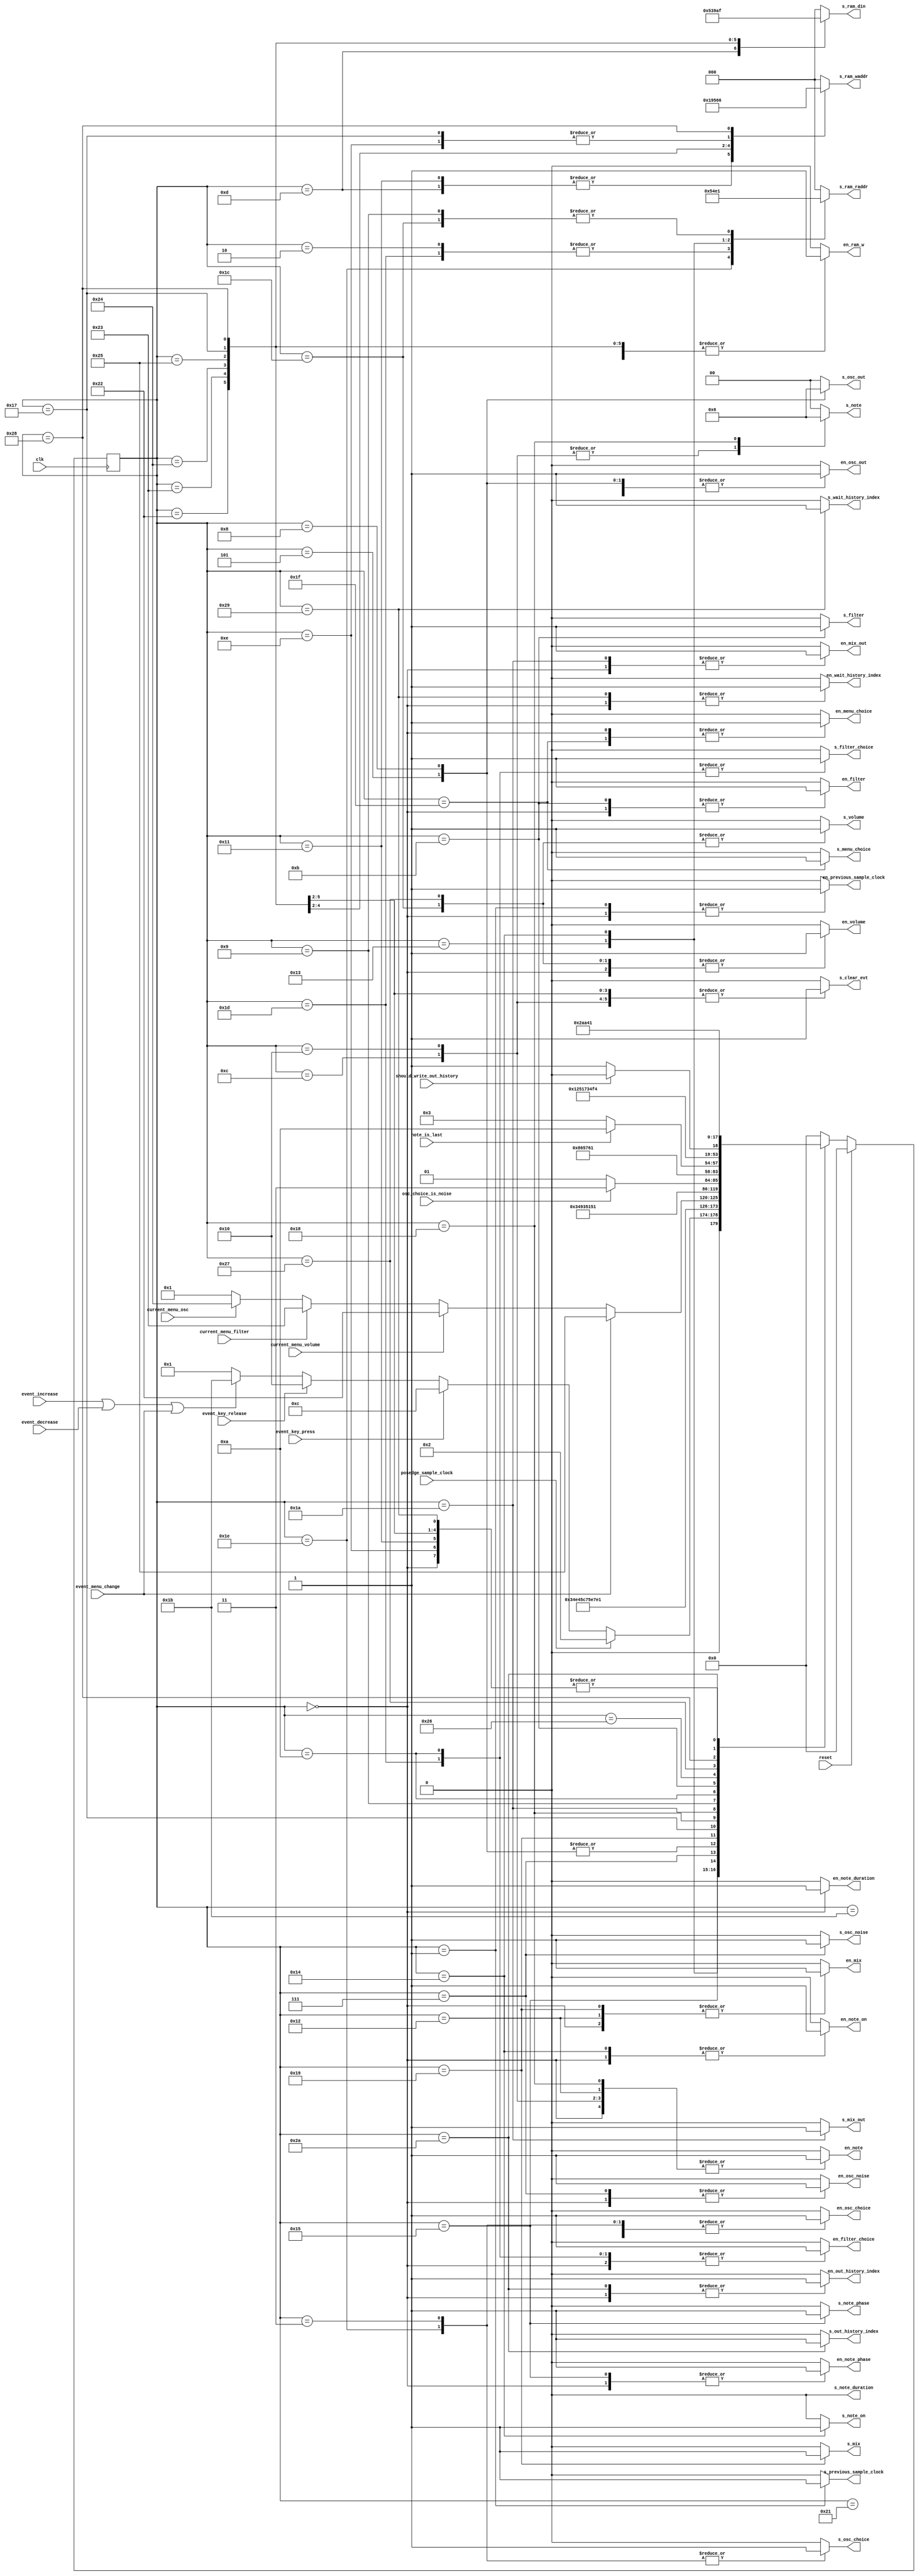
module controller (input clk,
                   input reset,
                   input posedge_sample_clock,
                   input note_is_last,
                   input osc_choice_is_noise,
                   input event_key_press,
                   input event_key_release,
                   input event_increase,
                   input event_decrease,
                   input event_menu_change,
                   input current_menu_volume,
                   input current_menu_filter,
                   input current_menu_osc,
                   input should_write_out_history,
                   output reg en_previous_sample_clock,
                   output reg en_note,
                   output reg en_note_on,
                   output reg en_note_phase,
                   output reg en_note_duration,
                   output reg en_osc_choice,
                   output reg en_osc_noise,
                   output reg en_osc_out,
                   output reg en_filter_choice,
                   output reg en_filter,
                   output reg en_volume,
                   output reg en_mix,
                   output reg en_mix_out,
                   output reg en_menu_choice,
                   output reg en_out_history_index,
                   output reg en_wait_history_index,
                   output reg s_menu_choice,
                   output reg s_previous_sample_clock,
                   output reg [1:0] s_note,
                   output reg s_note_on,
                   output reg s_note_phase,
                   output reg s_note_duration,
                   output reg s_osc_choice,
                   output reg s_osc_noise,
                   output reg [1:0] s_osc_out,
                   output reg [2:0] s_ram_raddr,
                   output reg [2:0] s_ram_waddr,
                   output reg [2:0] s_ram_din,
                   output reg s_filter_choice,
                   output reg s_filter,
                   output reg s_clear_evt,
                   output reg s_volume,
                   output reg s_mix,
                   output reg s_mix_out,
                   output reg s_out_history_index,
                   output reg s_wait_history_index,
                   output reg en_ram_w);
    
    parameter INIT                              = 6'd0;
    parameter WAIT                              = 6'd1;
    parameter OSC_READ_CHOICE_0                 = 6'd2;
    parameter OSC_READ_CHOICE_1                 = 6'd3;
    parameter OSC_ADVANCE_PHASE                 = 6'd4;
    parameter OSC_LOOKUP                        = 6'd5;
    parameter OSC_NOISE_OUT_0                   = 6'd7;
    parameter OSC_NOISE_OUT_1                   = 6'd8;
    parameter FILTER_READ_CHOICE_0              = 6'd9;
    parameter FILTER_READ_CHOICE_1              = 6'd10;
    parameter FILTER                            = 6'd11;
    parameter EVT_KEY_PRESS_0                   = 6'd12;
    parameter EVT_KEY_PRESS_1                   = 6'd13;
    parameter EVT_KEY_PRESS_2                   = 6'd14;
    parameter EVT_KEY_PRESS_3                   = 6'd15;
    parameter EVT_KEY_RELEASE_0                 = 6'd16;
    parameter EVT_KEY_RELEASE_1                 = 6'd17;
    parameter NOTE_READ_START                   = 6'd18;
    parameter NOTE_READ_0                       = 6'd19;
    parameter NOTE_READ_1                       = 6'd20;
    parameter NOTE_READ_2                       = 6'd21;
    parameter NOTE_READ_3                       = 6'd22;
    parameter NOTE_WRITE_0                      = 6'd23;
    parameter NOTE_WRITE_1                      = 6'd24;
    parameter MIX                               = 6'd25;
    parameter MIX_OUT                           = 6'd26;
    parameter MENU_READ_VOLUME                  = 6'd27;
    parameter MENU_READ_FILTER_CHOICE           = 6'd28;
    parameter MENU_READ_OSC_CHOICE              = 6'd29;
    parameter MENU_READ_CURRENT_MENU            = 6'd30;
    parameter MENU_FINAL_READ                   = 6'd31;
    parameter MENU_UPDATE_CURRENT_MENU          = 6'd32;
    parameter MENU_DETERMINE_CHANGING_PARAMETER = 6'd33;
    parameter MENU_CHANGE_VOLUME                = 6'd34;
    parameter MENU_CHANGE_FILTER_CHOICE         = 6'd35;
    parameter MENU_CHANGE_OSC_CHOICE            = 6'd36;
    parameter MENU_CHANGE_CURRENT_MENU          = 6'd37;
    parameter READ_VOLUME_0                     = 6'd38;
    parameter READ_VOLUME_1                     = 6'd39;
    parameter WRITE_OUT_HISTORY                 = 6'd40;
    parameter WRITE_OUT_INCREMENT_WAIT          = 6'd41;
    parameter WRITE_OUT_INCREMENT_INDEX         = 6'd42;
    
    reg [5:0] state, next_state;
    
    always @(posedge clk)
        if (reset)
            state <= INIT;
        else
            state <= next_state;
    
    always @(*) begin
        en_previous_sample_clock = 0;
        en_note                  = 0;
        en_note_on               = 0;
        en_note_phase            = 0;
        en_note_duration         = 0;
        en_osc_choice            = 0;
        en_osc_noise             = 0;
        en_osc_out               = 0;
        en_menu_choice           = 0;
        en_filter_choice         = 0;
        en_filter                = 0;
        en_volume                = 0;
        en_mix                   = 0;
        en_mix_out               = 0;
        en_out_history_index     = 0;
        en_wait_history_index    = 0;
        
        s_previous_sample_clock = 0;
        s_note                  = 0;
        s_note_on               = 0;
        s_note_phase            = 0;
        s_note_duration         = 0;
        s_osc_choice            = 0;
        s_osc_noise             = 0;
        s_osc_out               = 0;
        s_menu_choice           = 0;
        s_ram_raddr             = 0;
        s_ram_waddr             = 0;
        s_ram_din               = 0;
        s_filter_choice         = 0;
        s_filter                = 0;
        s_clear_evt             = 0;
        s_volume                = 0;
        s_mix                   = 0;
        s_mix_out               = 0;
        s_out_history_index     = 0;
        s_wait_history_index    = 0;
        
        en_ram_w = 0;
        
        case (state)
            INIT: begin
                en_previous_sample_clock = 1;
                en_note                  = 1;
                en_note_on               = 1;
                en_note_phase            = 1;
                en_note_duration         = 1;
                en_osc_choice            = 1;
                en_osc_noise             = 1;
                en_osc_out               = 1;
                en_menu_choice           = 1;
                en_filter_choice         = 1;
                en_filter                = 1;
                en_volume                = 1;
                en_mix                   = 1;
                en_mix_out               = 1;
                en_out_history_index     = 1;
                en_wait_history_index    = 1;
                
                next_state = WAIT;
            end
            WAIT: begin
                en_previous_sample_clock = 1;
                s_previous_sample_clock  = 1;
                
                if (posedge_sample_clock)
                    next_state = OSC_READ_CHOICE_0;
                else if (event_key_press)
                    next_state = EVT_KEY_PRESS_0;
                else if (event_key_release)
                    next_state = EVT_KEY_RELEASE_0;
                else if (event_increase | event_decrease | event_menu_change)
                    next_state = MENU_READ_VOLUME;
                else
                    next_state = WAIT;
            end
            EVT_KEY_PRESS_0: begin
                s_clear_evt = 1; // clear on next clock
                
                en_note = 1; // load note on next clock
                s_note  = 1; // load note from evt
                
                next_state = EVT_KEY_PRESS_1;
            end
            EVT_KEY_PRESS_1: begin
                en_ram_w    = 1; // write to ram on next clock
                s_ram_waddr = 3; // write to note_on array
                s_ram_din   = 1;  // write value 1
                
                next_state = EVT_KEY_PRESS_2;
            end
            EVT_KEY_PRESS_2: begin
                en_ram_w    = 1; // write to ram on next clock
                s_ram_waddr = 4; // write to note_phase array
                s_ram_din   = 0;  // write value 0
                
                next_state = WAIT;
            end
            EVT_KEY_RELEASE_0: begin
                s_clear_evt = 1; // clear on next clock
                
                en_note = 1; // load note on next clock
                s_note  = 1; // load note from evt
                
                next_state = EVT_KEY_RELEASE_1;
            end
            EVT_KEY_RELEASE_1: begin
                en_ram_w    = 1; // write to ram on next clock
                s_ram_waddr = 3; // write to note_on array
                s_ram_din   = 0; // write value 0
                
                next_state = WAIT;
            end
            MENU_READ_VOLUME: begin
                s_ram_raddr = 0;
                next_state  = MENU_READ_FILTER_CHOICE;
            end
            MENU_READ_FILTER_CHOICE: begin
                en_volume   = 1;
                s_volume    = 1;
                s_ram_raddr = 1;
                next_state  = MENU_READ_OSC_CHOICE;
            end
            MENU_READ_OSC_CHOICE: begin
                en_filter_choice = 1;
                s_filter_choice  = 1;
                s_ram_raddr      = 2;
                next_state       = MENU_READ_CURRENT_MENU;
            end
            MENU_READ_CURRENT_MENU: begin
                en_osc_choice = 1;
                s_osc_choice  = 1;
                s_ram_raddr   = 5;
                next_state    = MENU_FINAL_READ;
            end
            MENU_FINAL_READ: begin
                en_menu_choice = 1;
                s_menu_choice  = 1;
                next_state     = MENU_DETERMINE_CHANGING_PARAMETER;
            end
            MENU_DETERMINE_CHANGING_PARAMETER: begin
                if (event_menu_change)
                    next_state = MENU_CHANGE_CURRENT_MENU;
                else if (current_menu_volume)
                    next_state = MENU_CHANGE_VOLUME;
                else if (current_menu_filter)
                    next_state = MENU_CHANGE_FILTER_CHOICE;
                else if (current_menu_osc)
                    next_state = MENU_CHANGE_OSC_CHOICE;
                else
                    next_state = WAIT;
            end
            MENU_CHANGE_VOLUME: begin
                s_clear_evt = 1;
                en_ram_w    = 1;
                s_ram_waddr = 0;
                s_ram_din   = 2;
                next_state  = WAIT;
            end
            MENU_CHANGE_FILTER_CHOICE: begin
                s_clear_evt = 1;
                en_ram_w    = 1;
                s_ram_waddr = 1;
                s_ram_din   = 3;
                next_state  = WAIT;
            end
            MENU_CHANGE_OSC_CHOICE: begin
                s_clear_evt = 1;
                en_ram_w    = 1;
                s_ram_waddr = 2;
                s_ram_din   = 4;
                next_state  = WAIT;
            end
            MENU_CHANGE_CURRENT_MENU: begin
                s_clear_evt = 1;
                en_ram_w    = 1;
                s_ram_waddr = 5;
                s_ram_din   = 6;
                next_state  = WAIT;
            end
            OSC_READ_CHOICE_0: begin
                s_ram_raddr = 2;
                next_state  = OSC_READ_CHOICE_1;
            end
            OSC_READ_CHOICE_1: begin
                en_osc_choice = 1;
                s_osc_choice  = 1;
                next_state    = NOTE_READ_START;
            end
            NOTE_READ_START: begin
                en_note = 1; // reset note on next clock
                s_note  = 0; // reset note iterator
                
                en_mix = 1; // reset audio mix on next clock
                s_mix  = 0; // reset audio mix
                
                next_state = NOTE_READ_0;
            end
            NOTE_READ_0: begin
                s_ram_raddr = 3; // read from note_on array
                
                next_state = NOTE_READ_1;
            end
            NOTE_READ_1: begin
                s_ram_raddr = 4; // read from note_phase array
                
                en_note_on = 1; // read note_on on this clock
                s_note_on  = 1; // read from ram din
                
                next_state = NOTE_READ_2;
            end
            NOTE_READ_2: begin
                en_note_phase = 1; // read note_phase on this clock
                s_note_phase  = 1; // read from ram din
                
                if (osc_choice_is_noise)
                    next_state = OSC_NOISE_OUT_0;
                else
                    next_state = OSC_LOOKUP;
            end
            OSC_LOOKUP: begin
                en_osc_out = 1;
                s_osc_out  = 1;
                
                next_state = MIX;
            end
            OSC_NOISE_OUT_0: begin
                en_osc_noise = 1;
                s_osc_noise  = 1;
                
                next_state = OSC_NOISE_OUT_1;
            end
            OSC_NOISE_OUT_1: begin
                en_osc_out = 1;
                s_osc_out  = 2;
                
                next_state = MIX;
            end
            MIX: begin
                en_mix = 1; // add to mix on next clock
                s_mix  = 1; // add to mix
                
                next_state = NOTE_WRITE_0;
            end
            NOTE_WRITE_0: begin
                en_ram_w    = 1; // write to ram on next clock
                s_ram_waddr = 4; // write to note_phase array
                s_ram_din   = 5; // write next_phase
                
                next_state = NOTE_WRITE_1;
            end
            NOTE_WRITE_1: begin
                en_note = 1; // increment note on next clock
                s_note  = 2; // increment note
                
                if (note_is_last)
                    next_state = MIX_OUT;
                else
                    next_state = NOTE_READ_0;
            end
            MIX_OUT: begin
                en_mix_out = 1;
                s_mix_out  = 1;
                
                next_state = FILTER_READ_CHOICE_0;
            end
            FILTER_READ_CHOICE_0: begin
                s_ram_raddr = 1;
                
                next_state = FILTER_READ_CHOICE_1;
            end
            FILTER_READ_CHOICE_1: begin
                en_filter_choice = 1;
                s_filter_choice  = 1;
                
                next_state = FILTER;
            end
            FILTER: begin
                en_filter = 1;
                s_filter  = 1;
                
                next_state = READ_VOLUME_0;
            end
            READ_VOLUME_0: begin
                s_ram_raddr = 0;

                next_state = READ_VOLUME_1;
            end
            READ_VOLUME_1: begin
                en_volume = 1;
                s_volume = 1;

                if (should_write_out_history)
                    next_state = WRITE_OUT_HISTORY;
                else
                    next_state = WRITE_OUT_INCREMENT_WAIT;
            end
            WRITE_OUT_HISTORY: begin
                en_ram_w = 1;
                s_ram_waddr = 6;
                s_ram_din = 7; // save history

                next_state = WRITE_OUT_INCREMENT_INDEX;
            end
            WRITE_OUT_INCREMENT_INDEX: begin
                en_out_history_index = 1; // increment index
                s_out_history_index = 1;

                next_state = WRITE_OUT_INCREMENT_WAIT;
            end
            WRITE_OUT_INCREMENT_WAIT: begin
                en_wait_history_index = 1;
                s_wait_history_index = 1;
                
                next_state = WAIT;
            end
            default: begin
                next_state = INIT;
            end
        endcase
    end
endmodule